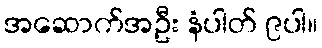
အဆောက်အဦး နံပါတ် ၉ပါ။